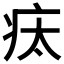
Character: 𤵉